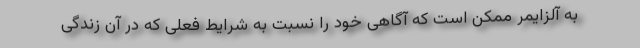
به آلزایمر ممکن است که آگاهی خود را نسبت به شرایط فعلی که در آن زندگی